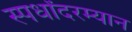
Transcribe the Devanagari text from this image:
स्पर्धांदरम्यान